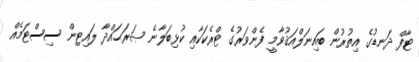
ޓާފް ދަނޑުގެ އިތުރުން ބައިނަލްއަޤުވާމީ ފެންވަރުގެ ޓްރެކަކާއި ކުޅިބަލާނެ ޞަރަޙައްދާ ލައިޓިން ސިސްޓަމެއް